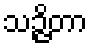
သဉ္ဇိတာ